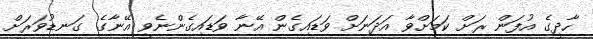
ހާދީގެ އުފަން ރަށް ކަމަށްވާ އަދަނަށް ވަޑައިގެން އޭނާ ވަޑައިގެންނެވީ އޭނާގެ ގަނޑުވަރަށް